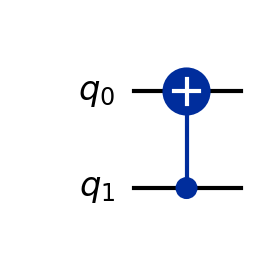
Description: CNOT with reversed control/target (q1→q0)
描述: 控制/目标反转的CNOT（q1→q0）
Category: visual_variants (difficulty: basic)
Qubits: 2, circuit depth: 1

Braket implementation:
from braket.circuits import Circuit
circuit = Circuit().cnot(1, 0)